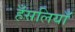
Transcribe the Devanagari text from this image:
हँसलियाँ